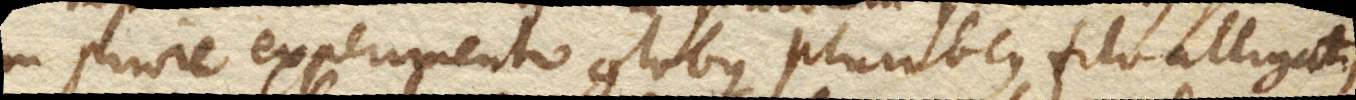
in priore experimento globus plumbeus filo alligatus